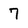
Character: 7